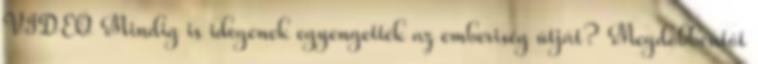
VIDEÓ Mindig is idegenek egyengették az emberiség útját? Megdöbbentőt